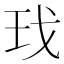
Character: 𰡯